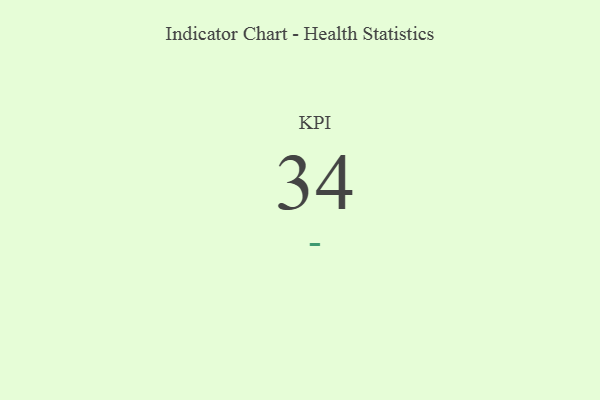
{"axis": {"x": "KPI", "y": "Value"}, "legend": [""], "data": [{"x": "KPI", "y": 34, "type": ""}]}